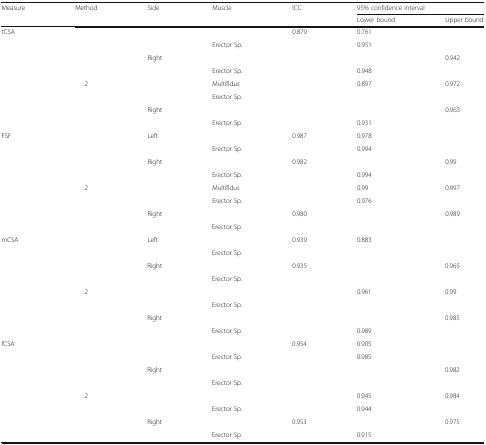
<table><thead><tr><td rowspan="2"><b>Measure</b></td><td rowspan="2"><b>Method</b></td><td rowspan="2"><b>Side</b></td><td rowspan="2"><b>Muscle</b></td><td rowspan="2"><b>ICC</b></td><td colspan="2"><b>95% confidence interval</b></td></tr><tr><td><b>Lower bound</b></td><td><b>Upper bound</b></td></tr></thead><tbody><tr><td rowspan="8">tCSA</td><td rowspan="4">[EMPTY_CELL]</td><td rowspan="2">[EMPTY_CELL]</td><td>[EMPTY_CELL]</td><td>0.879</td><td>0.761</td><td>[EMPTY_CELL]</td></tr><tr><td>Erector Sp.</td><td>[EMPTY_CELL]</td><td>0.951</td><td>[EMPTY_CELL]</td></tr><tr><td rowspan="2">Right</td><td>[EMPTY_CELL]</td><td>[EMPTY_CELL]</td><td>[EMPTY_CELL]</td><td>0.942</td></tr><tr><td>Erector Sp.</td><td>[EMPTY_CELL]</td><td>0.948</td><td>[EMPTY_CELL]</td></tr><tr><td rowspan="4">2</td><td rowspan="2">[EMPTY_CELL]</td><td>Multifidus</td><td>[EMPTY_CELL]</td><td>0.897</td><td>0.972</td></tr><tr><td>Erector Sp.</td><td>[EMPTY_CELL]</td><td>[EMPTY_CELL]</td><td>[EMPTY_CELL]</td></tr><tr><td rowspan="2">Right</td><td>[EMPTY_CELL]</td><td>[EMPTY_CELL]</td><td>[EMPTY_CELL]</td><td>0.963</td></tr><tr><td>Erector Sp.</td><td>[EMPTY_CELL]</td><td>0.931</td><td>[EMPTY_CELL]</td></tr><tr><td rowspan="8">FSF</td><td rowspan="4">[EMPTY_CELL]</td><td rowspan="2">Left</td><td>[EMPTY_CELL]</td><td>0.987</td><td>0.978</td><td>[EMPTY_CELL]</td></tr><tr><td>Erector Sp.</td><td>[EMPTY_CELL]</td><td>0.994</td><td>[EMPTY_CELL]</td></tr><tr><td rowspan="2">Right</td><td>[EMPTY_CELL]</td><td>0.982</td><td>[EMPTY_CELL]</td><td>0.99</td></tr><tr><td>Erector Sp.</td><td>[EMPTY_CELL]</td><td>0.994</td><td>[EMPTY_CELL]</td></tr><tr><td rowspan="4">2</td><td rowspan="2">[EMPTY_CELL]</td><td>Multifidus</td><td>[EMPTY_CELL]</td><td>0.99</td><td>0.997</td></tr><tr><td>Erector Sp.</td><td>[EMPTY_CELL]</td><td>0.976</td><td>[EMPTY_CELL]</td></tr><tr><td rowspan="2">Right</td><td>[EMPTY_CELL]</td><td>0.980</td><td>[EMPTY_CELL]</td><td>0.989</td></tr><tr><td>Erector Sp.</td><td>[EMPTY_CELL]</td><td>[EMPTY_CELL]</td><td>[EMPTY_CELL]</td></tr><tr><td rowspan="8">mCSA</td><td rowspan="4">[EMPTY_CELL]</td><td rowspan="2">Left</td><td>[EMPTY_CELL]</td><td>0.939</td><td>0.883</td><td>[EMPTY_CELL]</td></tr><tr><td>Erector Sp.</td><td>[EMPTY_CELL]</td><td>[EMPTY_CELL]</td><td>[EMPTY_CELL]</td></tr><tr><td rowspan="2">Right</td><td>[EMPTY_CELL]</td><td>0.935</td><td>[EMPTY_CELL]</td><td>0.965</td></tr><tr><td>Erector Sp.</td><td>[EMPTY_CELL]</td><td>[EMPTY_CELL]</td><td>[EMPTY_CELL]</td></tr><tr><td rowspan="4">2</td><td rowspan="2">[EMPTY_CELL]</td><td>[EMPTY_CELL]</td><td>[EMPTY_CELL]</td><td>0.961</td><td>0.99</td></tr><tr><td>Erector Sp.</td><td>[EMPTY_CELL]</td><td>[EMPTY_CELL]</td><td>[EMPTY_CELL]</td></tr><tr><td rowspan="2">Right</td><td>[EMPTY_CELL]</td><td>[EMPTY_CELL]</td><td>[EMPTY_CELL]</td><td>0.985</td></tr><tr><td>Erector Sp.</td><td>[EMPTY_CELL]</td><td>0.989</td><td>[EMPTY_CELL]</td></tr><tr><td rowspan="8">fCSA</td><td rowspan="4">[EMPTY_CELL]</td><td rowspan="2">[EMPTY_CELL]</td><td>[EMPTY_CELL]</td><td>0.954</td><td>0.905</td><td>[EMPTY_CELL]</td></tr><tr><td>Erector Sp.</td><td>[EMPTY_CELL]</td><td>0.985</td><td>[EMPTY_CELL]</td></tr><tr><td rowspan="2">Right</td><td>[EMPTY_CELL]</td><td>[EMPTY_CELL]</td><td>[EMPTY_CELL]</td><td>0.982</td></tr><tr><td>Erector Sp.</td><td>[EMPTY_CELL]</td><td>[EMPTY_CELL]</td><td>[EMPTY_CELL]</td></tr><tr><td rowspan="4">2</td><td rowspan="2">[EMPTY_CELL]</td><td>[EMPTY_CELL]</td><td>[EMPTY_CELL]</td><td>0.945</td><td>0.984</td></tr><tr><td>Erector Sp.</td><td>[EMPTY_CELL]</td><td>0.944</td><td>[EMPTY_CELL]</td></tr><tr><td rowspan="2">Right</td><td>[EMPTY_CELL]</td><td>0.953</td><td>[EMPTY_CELL]</td><td>0.975</td></tr><tr><td>Erector Sp.</td><td>[EMPTY_CELL]</td><td>0.915</td><td>[EMPTY_CELL]</td></tr></tbody></table>